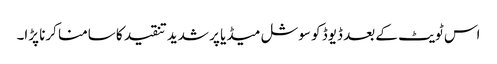
اس ٹویٹ کے بعد ڈیوڈ کو سوشل میڈیا پر شدید تنقید کا سامنا کرنا پڑا۔